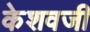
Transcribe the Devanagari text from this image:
केशवजी